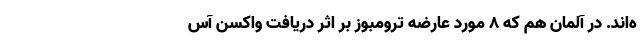
ه‌اند. در آلمان هم که ۸ مورد عارضه ترومبوز بر اثر دریافت واکسن آس